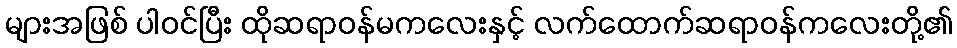
များအဖြစ် ပါဝင်ပြီး ထိုဆရာဝန်မကလေးနှင့် လက်ထောက်ဆရာဝန်ကလေးတို့၏